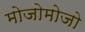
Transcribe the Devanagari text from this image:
मोजोमोजो